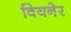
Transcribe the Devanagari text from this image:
वियनेर